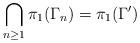
LaTeX: \begin{align*}\bigcap_{n \geq 1} \pi_1(\Gamma_n) = \pi_1(\Gamma')\end{align*}